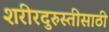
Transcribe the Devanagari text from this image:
शरीरदुरुस्तीसाठी